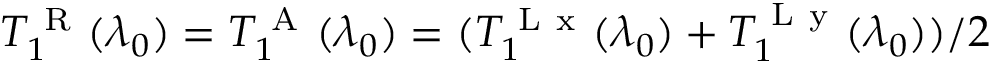
T _ { 1 } ^ { \mathrm { ~ R ~ } } ( \lambda _ { 0 } ) = T _ { 1 } ^ { \mathrm { ~ A ~ } } ( \lambda _ { 0 } ) = ( T _ { 1 } ^ { \mathrm { ~ L ~ x ~ } } ( \lambda _ { 0 } ) + T _ { 1 } ^ { \mathrm { ~ L ~ y ~ } } ( \lambda _ { 0 } ) ) / 2